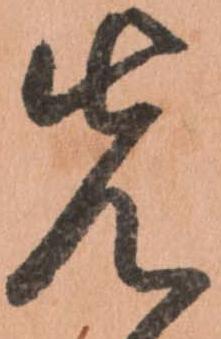
先